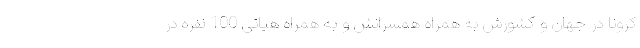
کرونا در جهان و کشورش به همراه همسرانش و به همراه هیاتی 100 نفره در